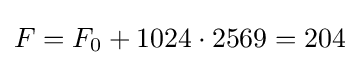
F=F_{0}+1024\cdot 2569=204